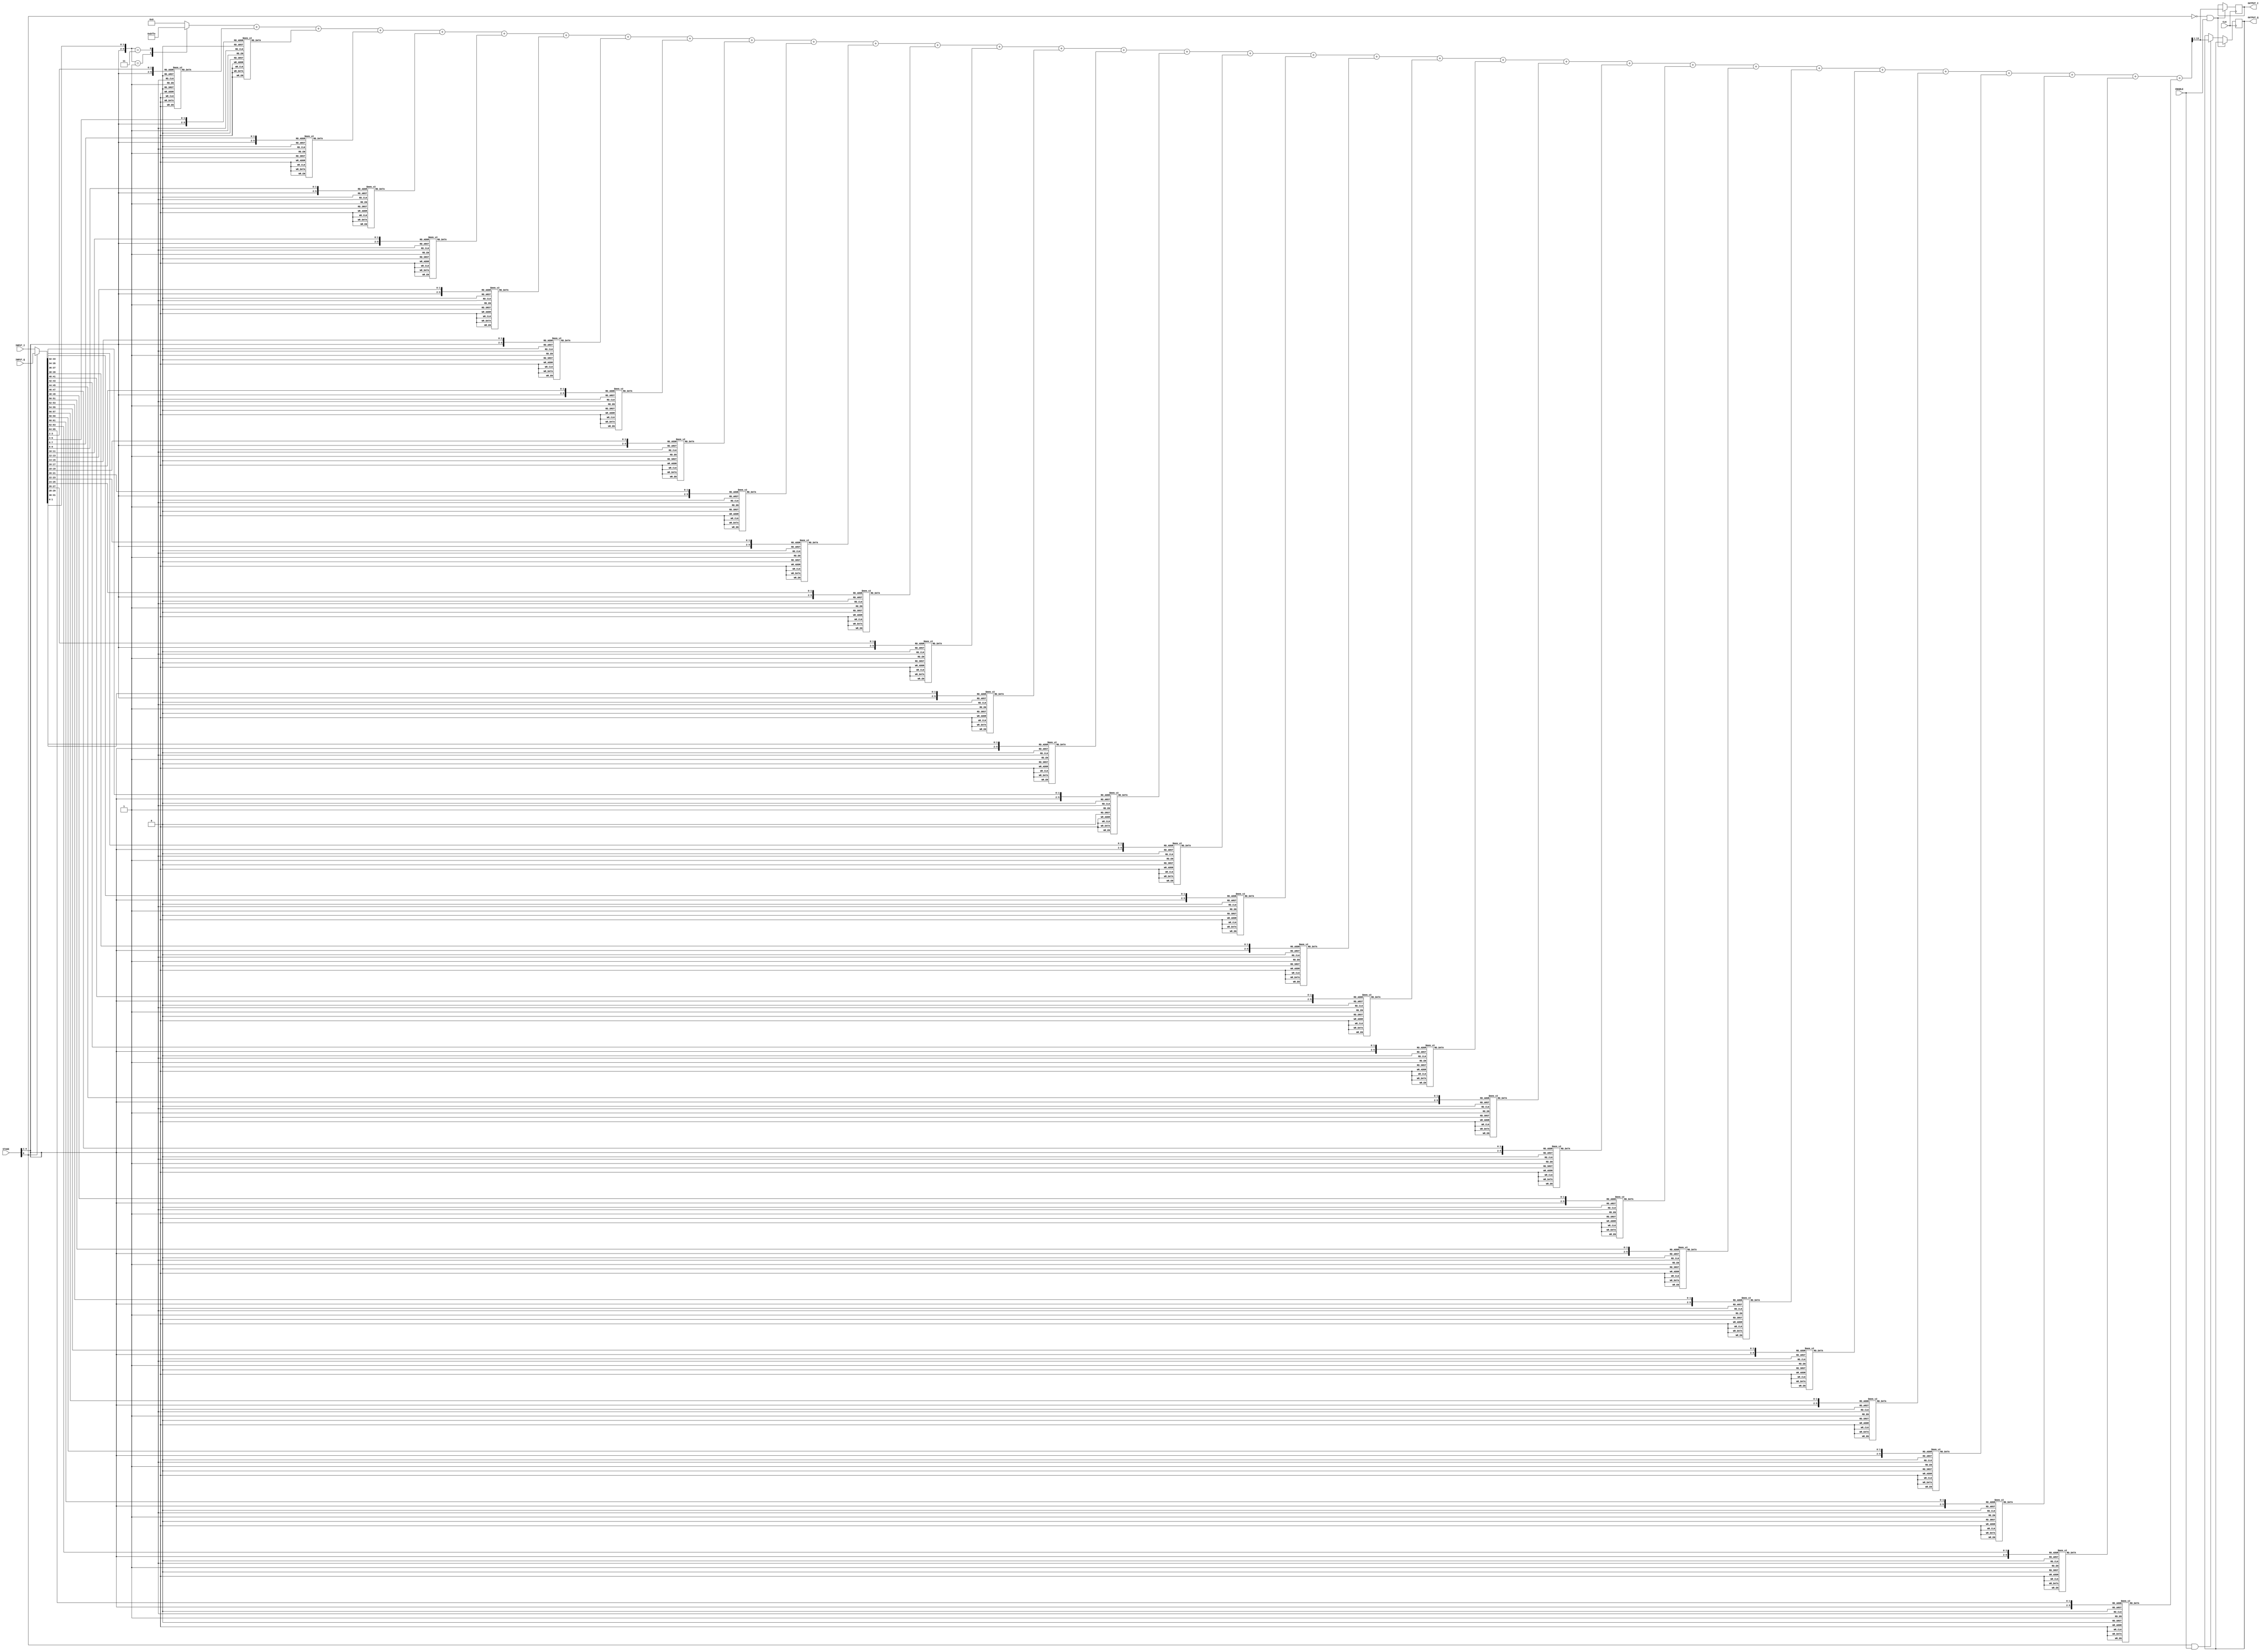
module filter16(
  input CLK,
  input ENABLE,
  input [4:0] STAGE,//should be parametrized size 
  input [65:0] INPUT_I,//should be parametrized size 
  input [65:0] INPUT_Q,//should be parametrized size 
  output [12:0] OUTPUT_I,
  output [12:0] OUTPUT_Q
);

  wire [13:0] sum;
  reg signed [12:0] result_i = 0;
  reg signed [12:0] result_q = 0;

  assign OUTPUT_I = result_i;
  assign OUTPUT_Q = result_q;

  wire [65:0] INPUT;//should be parametrized size 

  assign INPUT = STAGE[0] ? INPUT_Q : INPUT_I;

reg [13:0] a0, a1, a2, a3, a4, a5, a6, a7, a8, a9, a10, a11, a12, a13, a14, a15, a16, a17, a18, a19, a20, a21, a22, a23, a24, a25, a26, a27, a28, a29, a30, a31, a32;

always @ (STAGE or INPUT) 
begin
  case ({STAGE[4:1], INPUT[1:0]})
    6'b000001 : a0 = 2; 
    6'b000011 : a0 = -2;
    default : a0 = 0;
  endcase

  case ({STAGE[4:1], INPUT[3:2]})
    6'b000001 : a1 = -5;
    6'b000011 : a1 = 5;
    6'b000101 : a1 = -5;
    6'b000111 : a1 = 5;
    6'b001001 : a1 = -5;
    6'b001011 : a1 = 5;
    6'b001101 : a1 = -4;
    6'b001111 : a1 = 4;
    6'b010001 : a1 = -3;
    6'b010011 : a1 = 3;
    6'b010101 : a1 = -2;
    6'b010111 : a1 = 2;
    6'b011001 : a1 = -1;
    6'b011011 : a1 = 1;
    6'b100001 : a1 = 1;
    6'b100011 : a1 = -1;
    6'b100101 : a1 = 2;
    6'b100111 : a1 = -2;
    6'b101001 : a1 = 3;
    6'b101011 : a1 = -3;
    6'b101101 : a1 = 4;
    6'b101111 : a1 = -4;
    6'b110001 : a1 = 4;
    6'b110011 : a1 = -4;
    6'b110101 : a1 = 4;
    6'b110111 : a1 = -4;
    6'b111001 : a1 = 4;
    6'b111011 : a1 = -4;
    6'b111101 : a1 = 3;
    6'b111111 : a1 = -3;
    default : a1 = 0;
  endcase

  case ({STAGE[4:1], INPUT[5:4]})
    6'b000001 : a2 = 2;
    6'b000011 : a2 = -2;
    6'b000101 : a2 = 3;
    6'b000111 : a2 = -3;
    6'b001001 : a2 = 5;
    6'b001011 : a2 = -5;
    6'b001101 : a2 = 5;
    6'b001111 : a2 = -5;
    6'b010001 : a2 = 6;
    6'b010011 : a2 = -6;
    6'b010101 : a2 = 6;
    6'b010111 : a2 = -6;
    6'b011001 : a2 = 5;
    6'b011011 : a2 = -5;
    6'b011101 : a2 = 4;
    6'b011111 : a2 = -4;
    6'b100001 : a2 = 3;
    6'b100011 : a2 = -3;
    6'b100101 : a2 = 2;
    6'b100111 : a2 = -2;
    6'b101001 : a2 = 1;
    6'b101011 : a2 = -1;
    6'b110001 : a2 = -1;
    6'b110011 : a2 = 1;
    6'b110101 : a2 = -3;
    6'b110111 : a2 = 3;
    6'b111001 : a2 = -4;
    6'b111011 : a2 = 4;
    6'b111101 : a2 = -4;
    6'b111111 : a2 = 4;
    default : a2 = 0;
  endcase

  case ({STAGE[4:1], INPUT[7:6]})
    6'b000001 : a3 = 4;
    6'b000011 : a3 = -4;
    6'b000101 : a3 = 2;
    6'b000111 : a3 = -2;
    6'b001101 : a3 = -1;
    6'b001111 : a3 = 1;
    6'b010001 : a3 = -2;
    6'b010011 : a3 = 2;
    6'b010101 : a3 = -4;
    6'b010111 : a3 = 4;
    6'b011001 : a3 = -5;
    6'b011011 : a3 = 5;
    6'b011101 : a3 = -6;
    6'b011111 : a3 = 6;
    6'b100001 : a3 = -6;
    6'b100011 : a3 = 6;
    6'b100101 : a3 = -6;
    6'b100111 : a3 = 6;
    6'b101001 : a3 = -5;
    6'b101011 : a3 = 5;
    6'b101101 : a3 = -4;
    6'b101111 : a3 = 4;
    6'b110001 : a3 = -3;
    6'b110011 : a3 = 3;
    6'b110101 : a3 = -2;
    6'b110111 : a3 = 2;
    6'b111101 : a3 = 1;
    6'b111111 : a3 = -1;
    default : a3 = 0;
  endcase

  case ({STAGE[4:1], INPUT[9:8]})
    6'b000001 : a4 = -8;
    6'b000011 : a4 = 8;
    6'b000101 : a4 = -8;
    6'b000111 : a4 = 8;
    6'b001001 : a4 = -7;
    6'b001011 : a4 = 7;
    6'b001101 : a4 = -6;
    6'b001111 : a4 = 6;
    6'b010001 : a4 = -5;
    6'b010011 : a4 = 5;
    6'b010101 : a4 = -3;
    6'b010111 : a4 = 3;
    6'b011001 : a4 = -1;
    6'b011011 : a4 = 1;
    6'b100001 : a4 = 2;
    6'b100011 : a4 = -2;
    6'b100101 : a4 = 4;
    6'b100111 : a4 = -4;
    6'b101001 : a4 = 5;
    6'b101011 : a4 = -5;
    6'b101101 : a4 = 6;
    6'b101111 : a4 = -6;
    6'b110001 : a4 = 6;
    6'b110011 : a4 = -6;
    6'b110101 : a4 = 6;
    6'b110111 : a4 = -6;
    6'b111001 : a4 = 6;
    6'b111011 : a4 = -6;
    6'b111101 : a4 = 5;
    6'b111111 : a4 = -5;
    default : a4 = 0;
  endcase

  case ({STAGE[4:1], INPUT[11:10]})
    6'b000001 : a5 = 4;
    6'b000011 : a5 = -4;
    6'b000101 : a5 = 6;
    6'b000111 : a5 = -6;
    6'b001001 : a5 = 8;
    6'b001011 : a5 = -8;
    6'b001101 : a5 = 9;
    6'b001111 : a5 = -9;
    6'b010001 : a5 = 10;
    6'b010011 : a5 = -10;
    6'b010101 : a5 = 9;
    6'b010111 : a5 = -9;
    6'b011001 : a5 = 9;
    6'b011011 : a5 = -9;
    6'b011101 : a5 = 7;
    6'b011111 : a5 = -7;
    6'b100001 : a5 = 5;
    6'b100011 : a5 = -5;
    6'b100101 : a5 = 3;
    6'b100111 : a5 = -3;
    6'b101001 : a5 = 1;
    6'b101011 : a5 = -1;
    6'b110001 : a5 = -3;
    6'b110011 : a5 = 3;
    6'b110101 : a5 = -5;
    6'b110111 : a5 = 5;
    6'b111001 : a5 = -6;
    6'b111011 : a5 = 6;
    6'b111101 : a5 = -7;
    6'b111111 : a5 = 7;
    default : a5 = 0;
  endcase

  case ({STAGE[4:1], INPUT[13:12]})
    6'b000001 : a6 = 6;
    6'b000011 : a6 = -6;
    6'b000101 : a6 = 3;
    6'b000111 : a6 = -3;
    6'b001101 : a6 = -2;
    6'b001111 : a6 = 2;
    6'b010001 : a6 = -4;
    6'b010011 : a6 = 4;
    6'b010101 : a6 = -7;
    6'b010111 : a6 = 7;
    6'b011001 : a6 = -9;
    6'b011011 : a6 = 9;
    6'b011101 : a6 = -10;
    6'b011111 : a6 = 10;
    6'b100001 : a6 = -10;
    6'b100011 : a6 = 10;
    6'b100101 : a6 = -10;
    6'b100111 : a6 = 10;
    6'b101001 : a6 = -9;
    6'b101011 : a6 = 9;
    6'b101101 : a6 = -7;
    6'b101111 : a6 = 7;
    6'b110001 : a6 = -5;
    6'b110011 : a6 = 5;
    6'b110101 : a6 = -3;
    6'b110111 : a6 = 3;
    6'b111101 : a6 = 2;
    6'b111111 : a6 = -2;
    default : a6 = 0;
  endcase

  case ({STAGE[4:1], INPUT[15:14]})
    6'b000001 : a7 = -14;
    6'b000011 : a7 = 14;
    6'b000101 : a7 = -14;
    6'b000111 : a7 = 14;
    6'b001001 : a7 = -13;
    6'b001011 : a7 = 13;
    6'b001101 : a7 = -11;
    6'b001111 : a7 = 11;
    6'b010001 : a7 = -8;
    6'b010011 : a7 = 8;
    6'b010101 : a7 = -5;
    6'b010111 : a7 = 5;
    6'b011001 : a7 = -2;
    6'b011011 : a7 = 2;
    6'b011101 : a7 = 1;
    6'b011111 : a7 = -1;
    6'b100001 : a7 = 4;
    6'b100011 : a7 = -4;
    6'b100101 : a7 = 7;
    6'b100111 : a7 = -7;
    6'b101001 : a7 = 9;
    6'b101011 : a7 = -9;
    6'b101101 : a7 = 10;
    6'b101111 : a7 = -10;
    6'b110001 : a7 = 11;
    6'b110011 : a7 = -11;
    6'b110101 : a7 = 11;
    6'b110111 : a7 = -11;
    6'b111001 : a7 = 10;
    6'b111011 : a7 = -10;
    6'b111101 : a7 = 8;
    6'b111111 : a7 = -8;
    default : a7 = 0;
  endcase

  case ({STAGE[4:1], INPUT[17:16]})
    6'b000001 : a8 = 9;
    6'b000011 : a8 = -9;
    6'b000101 : a8 = 13;
    6'b000111 : a8 = -13;
    6'b001001 : a8 = 16;
    6'b001011 : a8 = -16;
    6'b001101 : a8 = 18;
    6'b001111 : a8 = -18;
    6'b010001 : a8 = 19;
    6'b010011 : a8 = -19;
    6'b010101 : a8 = 18;
    6'b010111 : a8 = -18;
    6'b011001 : a8 = 17;
    6'b011011 : a8 = -17;
    6'b011101 : a8 = 14;
    6'b011111 : a8 = -14;
    6'b100001 : a8 = 10;
    6'b100011 : a8 = -10;
    6'b100101 : a8 = 6;
    6'b100111 : a8 = -6;
    6'b101001 : a8 = 2;
    6'b101011 : a8 = -2;
    6'b101101 : a8 = -1;
    6'b101111 : a8 = 1;
    6'b110001 : a8 = -6;
    6'b110011 : a8 = 6;
    6'b110101 : a8 = -9;
    6'b110111 : a8 = 9;
    6'b111001 : a8 = -12;
    6'b111011 : a8 = 12;
    6'b111101 : a8 = -14;
    6'b111111 : a8 = 14;
    default : a8 = 0;
  endcase

  case ({STAGE[4:1], INPUT[19:18]})
    6'b000001 : a9 = 11;
    6'b000011 : a9 = -11;
    6'b000101 : a9 = 6;
    6'b000111 : a9 = -6;
    6'b001101 : a9 = -5;
    6'b001111 : a9 = 5;
    6'b010001 : a9 = -11;
    6'b010011 : a9 = 11;
    6'b010101 : a9 = -15;
    6'b010111 : a9 = 15;
    6'b011001 : a9 = -18;
    6'b011011 : a9 = 18;
    6'b011101 : a9 = -20;
    6'b011111 : a9 = 20;
    6'b100001 : a9 = -21;
    6'b100011 : a9 = 21;
    6'b100101 : a9 = -20;
    6'b100111 : a9 = 20;
    6'b101001 : a9 = -18;
    6'b101011 : a9 = 18;
    6'b101101 : a9 = -14;
    6'b101111 : a9 = 14;
    6'b110001 : a9 = -10;
    6'b110011 : a9 = 10;
    6'b110101 : a9 = -5;
    6'b110111 : a9 = 5;
    6'b111101 : a9 = 4;
    6'b111111 : a9 = -4;
    default : a9 = 0;
  endcase

  case ({STAGE[4:1], INPUT[21:20]})
    6'b000001 : a10 = -33;
    6'b000011 : a10 = 33;
    6'b000101 : a10 = -33;
    6'b000111 : a10 = 33;
    6'b001001 : a10 = -30;
    6'b001011 : a10 = 30;
    6'b001101 : a10 = -25;
    6'b001111 : a10 = 25;
    6'b010001 : a10 = -19;
    6'b010011 : a10 = 19;
    6'b010101 : a10 = -12;
    6'b010111 : a10 = 12;
    6'b011001 : a10 = -4;
    6'b011011 : a10 = 4;
    6'b011101 : a10 = 2;
    6'b011111 : a10 = -2;
    6'b100001 : a10 = 9;
    6'b100011 : a10 = -9;
    6'b100101 : a10 = 15;
    6'b100111 : a10 = -15;
    6'b101001 : a10 = 19;
    6'b101011 : a10 = -19;
    6'b101101 : a10 = 22;
    6'b101111 : a10 = -22;
    6'b110001 : a10 = 23;
    6'b110011 : a10 = -23;
    6'b110101 : a10 = 22;
    6'b110111 : a10 = -22;
    6'b111001 : a10 = 20;
    6'b111011 : a10 = -20;
    6'b111101 : a10 = 16;
    6'b111111 : a10 = -16;
    default : a10 = 0;
  endcase

  case ({STAGE[4:1], INPUT[23:22]})
    6'b000001 : a11 = 28;
    6'b000011 : a11 = -28;
    6'b000101 : a11 = 38;
    6'b000111 : a11 = -38;
    6'b001001 : a11 = 45;
    6'b001011 : a11 = -45;
    6'b001101 : a11 = 49;
    6'b001111 : a11 = -49;
    6'b010001 : a11 = 50;
    6'b010011 : a11 = -50;
    6'b010101 : a11 = 48;
    6'b010111 : a11 = -48;
    6'b011001 : a11 = 43;
    6'b011011 : a11 = -43;
    6'b011101 : a11 = 35;
    6'b011111 : a11 = -35;
    6'b100001 : a11 = 26;
    6'b100011 : a11 = -26;
    6'b100101 : a11 = 16;
    6'b100111 : a11 = -16;
    6'b101001 : a11 = 5;
    6'b101011 : a11 = -5;
    6'b101101 : a11 = -4;
    6'b101111 : a11 = 4;
    6'b110001 : a11 = -14;
    6'b110011 : a11 = 14;
    6'b110101 : a11 = -22;
    6'b110111 : a11 = 22;
    6'b111001 : a11 = -28;
    6'b111011 : a11 = 28;
    6'b111101 : a11 = -32;
    6'b111111 : a11 = 32;
    default : a11 = 0;
  endcase

  case ({STAGE[4:1], INPUT[25:24]})
    6'b000001 : a12 = 29;
    6'b000011 : a12 = -29;
    6'b000101 : a12 = 11;
    6'b000111 : a12 = -11;
    6'b001001 : a12 = -5;
    6'b001011 : a12 = 5;
    6'b001101 : a12 = -22;
    6'b001111 : a12 = 22;
    6'b010001 : a12 = -37;
    6'b010011 : a12 = 37;
    6'b010101 : a12 = -48;
    6'b010111 : a12 = 48;
    6'b011001 : a12 = -56;
    6'b011011 : a12 = 56;
    6'b011101 : a12 = -60;
    6'b011111 : a12 = 60;
    6'b100001 : a12 = -60;
    6'b100011 : a12 = 60;
    6'b100101 : a12 = -56;
    6'b100111 : a12 = 56;
    6'b101001 : a12 = -48;
    6'b101011 : a12 = 48;
    6'b101101 : a12 = -37;
    6'b101111 : a12 = 37;
    6'b110001 : a12 = -24;
    6'b110011 : a12 = 24;
    6'b110101 : a12 = -10;
    6'b110111 : a12 = 10;
    6'b111001 : a12 = 3;
    6'b111011 : a12 = -3;
    6'b111101 : a12 = 16;
    6'b111111 : a12 = -16;
    default : a12 = 0;
  endcase

  case ({STAGE[4:1], INPUT[27:26]})
    6'b000001 : a13 = -143;
    6'b000011 : a13 = 143;
    6'b000101 : a13 = -137;
    6'b000111 : a13 = 137;
    6'b001001 : a13 = -123;
    6'b001011 : a13 = 123;
    6'b001101 : a13 = -103;
    6'b001111 : a13 = 103;
    6'b010001 : a13 = -78;
    6'b010011 : a13 = 78;
    6'b010101 : a13 = -50;
    6'b010111 : a13 = 50;
    6'b011001 : a13 = -22;
    6'b011011 : a13 = 22;
    6'b011101 : a13 = 4;
    6'b011111 : a13 = -4;
    6'b100001 : a13 = 28;
    6'b100011 : a13 = -28;
    6'b100101 : a13 = 47;
    6'b100111 : a13 = -47;
    6'b101001 : a13 = 61;
    6'b101011 : a13 = -61;
    6'b101101 : a13 = 68;
    6'b101111 : a13 = -68;
    6'b110001 : a13 = 70;
    6'b110011 : a13 = -70;
    6'b110101 : a13 = 66;
    6'b110111 : a13 = -66;
    6'b111001 : a13 = 57;
    6'b111011 : a13 = -57;
    6'b111101 : a13 = 44;
    6'b111111 : a13 = -44;
    default : a13 = 0;
  endcase

  case ({STAGE[4:1], INPUT[29:28]})
    6'b000001 : a14 = 284;
    6'b000011 : a14 = -284;
    6'b000101 : a14 = 336;
    6'b000111 : a14 = -336;
    6'b001001 : a14 = 364;
    6'b001011 : a14 = -364;
    6'b001101 : a14 = 370;
    6'b001111 : a14 = -370;
    6'b010001 : a14 = 356;
    6'b010011 : a14 = -356;
    6'b010101 : a14 = 324;
    6'b010111 : a14 = -324;
    6'b011001 : a14 = 279;
    6'b011011 : a14 = -279;
    6'b011101 : a14 = 224;
    6'b011111 : a14 = -224;
    6'b100001 : a14 = 164;
    6'b100011 : a14 = -164;
    6'b100101 : a14 = 102;
    6'b100111 : a14 = -102;
    6'b101001 : a14 = 42;
    6'b101011 : a14 = -42;
    6'b101101 : a14 = -11;
    6'b101111 : a14 = 11;
    6'b110001 : a14 = -58;
    6'b110011 : a14 = 58;
    6'b110101 : a14 = -96;
    6'b110111 : a14 = 96;
    6'b111001 : a14 = -122;
    6'b111011 : a14 = 122;
    6'b111101 : a14 = -138;
    6'b111111 : a14 = 138;
    default : a14 = 0;
  endcase

  case ({STAGE[4:1], INPUT[31:30]})
    6'b000001 : a15 = -401;
    6'b000011 : a15 = 401;
    6'b000101 : a15 = -627;
    6'b000111 : a15 = 627;
    6'b001001 : a15 = -793;
    6'b001011 : a15 = 793;
    6'b001101 : a15 = -899;
    6'b001111 : a15 = 899;
    6'b010001 : a15 = -949;
    6'b010011 : a15 = 949;
    6'b010101 : a15 = -948;
    6'b010111 : a15 = 948;
    6'b011001 : a15 = -902;
    6'b011011 : a15 = 902;
    6'b011101 : a15 = -819;
    6'b011111 : a15 = 819;
    6'b100001 : a15 = -708;
    6'b100011 : a15 = 708;
    6'b100101 : a15 = -575;
    6'b100111 : a15 = 575;
    6'b101001 : a15 = -431;
    6'b101011 : a15 = 431;
    6'b101101 : a15 = -284;
    6'b101111 : a15 = 284;
    6'b110001 : a15 = -140;
    6'b110011 : a15 = 140;
    6'b110101 : a15 = -7;
    6'b110111 : a15 = 7;
    6'b111001 : a15 = 110;
    6'b111011 : a15 = -110;
    6'b111101 : a15 = 208;
    6'b111111 : a15 = -208;
    default : a15 = 0;
  endcase

  case ({STAGE[4:1], INPUT[33:32]})
    6'b000001 : a16 = 5408;
    6'b000011 : a16 = -5408;
    6'b000101 : a16 = 5364;
    6'b000111 : a16 = -5364;
    6'b001001 : a16 = 5234;
    6'b001011 : a16 = -5234;
    6'b001101 : a16 = 5022;
    6'b001111 : a16 = -5022;
    6'b010001 : a16 = 4735;
    6'b010011 : a16 = -4735;
    6'b010101 : a16 = 4380;
    6'b010111 : a16 = -4380;
    6'b011001 : a16 = 3970;
    6'b011011 : a16 = -3970;
    6'b011101 : a16 = 3515;
    6'b011111 : a16 = -3515;
    6'b100001 : a16 = 3030;
    6'b100011 : a16 = -3030;
    6'b100101 : a16 = 2528;
    6'b100111 : a16 = -2528;
    6'b101001 : a16 = 2024;
    6'b101011 : a16 = -2024;
    6'b101101 : a16 = 1529;
    6'b101111 : a16 = -1529;
    6'b110001 : a16 = 1058;
    6'b110011 : a16 = -1058;
    6'b110101 : a16 = 620;
    6'b110111 : a16 = -620;
    6'b111001 : a16 = 226;
    6'b111011 : a16 = -226;
    6'b111101 : a16 = -115;
    6'b111111 : a16 = 115;
    default : a16 = 0;
  endcase

  case ({STAGE[4:1], INPUT[35:34]})
    6'b000001 : a17 = -401;
    6'b000011 : a17 = 401;
    6'b000101 : a17 = -115;
    6'b000111 : a17 = 115;
    6'b001001 : a17 = 226;
    6'b001011 : a17 = -226;
    6'b001101 : a17 = 620;
    6'b001111 : a17 = -620;
    6'b010001 : a17 = 1058;
    6'b010011 : a17 = -1058;
    6'b010101 : a17 = 1529;
    6'b010111 : a17 = -1529;
    6'b011001 : a17 = 2024;
    6'b011011 : a17 = -2024;
    6'b011101 : a17 = 2528;
    6'b011111 : a17 = -2528;
    6'b100001 : a17 = 3030;
    6'b100011 : a17 = -3030;
    6'b100101 : a17 = 3515;
    6'b100111 : a17 = -3515;
    6'b101001 : a17 = 3970;
    6'b101011 : a17 = -3970;
    6'b101101 : a17 = 4380;
    6'b101111 : a17 = -4380;
    6'b110001 : a17 = 4735;
    6'b110011 : a17 = -4735;
    6'b110101 : a17 = 5022;
    6'b110111 : a17 = -5022;
    6'b111001 : a17 = 5234;
    6'b111011 : a17 = -5234;
    6'b111101 : a17 = 5364;
    6'b111111 : a17 = -5364;
    default : a17 = 0;
  endcase

  case ({STAGE[4:1], INPUT[37:36]})
    6'b000001 : a18 = 284;
    6'b000011 : a18 = -284;
    6'b000101 : a18 = 208;
    6'b000111 : a18 = -208;
    6'b001001 : a18 = 110;
    6'b001011 : a18 = -110;
    6'b001101 : a18 = -7;
    6'b001111 : a18 = 7;
    6'b010001 : a18 = -140;
    6'b010011 : a18 = 140;
    6'b010101 : a18 = -284;
    6'b010111 : a18 = 284;
    6'b011001 : a18 = -431;
    6'b011011 : a18 = 431;
    6'b011101 : a18 = -575;
    6'b011111 : a18 = 575;
    6'b100001 : a18 = -708;
    6'b100011 : a18 = 708;
    6'b100101 : a18 = -819;
    6'b100111 : a18 = 819;
    6'b101001 : a18 = -902;
    6'b101011 : a18 = 902;
    6'b101101 : a18 = -948;
    6'b101111 : a18 = 948;
    6'b110001 : a18 = -949;
    6'b110011 : a18 = 949;
    6'b110101 : a18 = -899;
    6'b110111 : a18 = 899;
    6'b111001 : a18 = -793;
    6'b111011 : a18 = 793;
    6'b111101 : a18 = -627;
    6'b111111 : a18 = 627;
    default : a18 = 0;
  endcase

  case ({STAGE[4:1], INPUT[39:38]})
    6'b000001 : a19 = -143;
    6'b000011 : a19 = 143;
    6'b000101 : a19 = -138;
    6'b000111 : a19 = 138;
    6'b001001 : a19 = -122;
    6'b001011 : a19 = 122;
    6'b001101 : a19 = -96;
    6'b001111 : a19 = 96;
    6'b010001 : a19 = -58;
    6'b010011 : a19 = 58;
    6'b010101 : a19 = -11;
    6'b010111 : a19 = 11;
    6'b011001 : a19 = 42;
    6'b011011 : a19 = -42;
    6'b011101 : a19 = 102;
    6'b011111 : a19 = -102;
    6'b100001 : a19 = 164;
    6'b100011 : a19 = -164;
    6'b100101 : a19 = 224;
    6'b100111 : a19 = -224;
    6'b101001 : a19 = 279;
    6'b101011 : a19 = -279;
    6'b101101 : a19 = 324;
    6'b101111 : a19 = -324;
    6'b110001 : a19 = 356;
    6'b110011 : a19 = -356;
    6'b110101 : a19 = 370;
    6'b110111 : a19 = -370;
    6'b111001 : a19 = 364;
    6'b111011 : a19 = -364;
    6'b111101 : a19 = 336;
    6'b111111 : a19 = -336;
    default : a19 = 0;
  endcase

  case ({STAGE[4:1], INPUT[41:40]})
    6'b000001 : a20 = 29;
    6'b000011 : a20 = -29;
    6'b000101 : a20 = 44;
    6'b000111 : a20 = -44;
    6'b001001 : a20 = 57;
    6'b001011 : a20 = -57;
    6'b001101 : a20 = 66;
    6'b001111 : a20 = -66;
    6'b010001 : a20 = 70;
    6'b010011 : a20 = -70;
    6'b010101 : a20 = 68;
    6'b010111 : a20 = -68;
    6'b011001 : a20 = 61;
    6'b011011 : a20 = -61;
    6'b011101 : a20 = 47;
    6'b011111 : a20 = -47;
    6'b100001 : a20 = 28;
    6'b100011 : a20 = -28;
    6'b100101 : a20 = 4;
    6'b100111 : a20 = -4;
    6'b101001 : a20 = -22;
    6'b101011 : a20 = 22;
    6'b101101 : a20 = -50;
    6'b101111 : a20 = 50;
    6'b110001 : a20 = -78;
    6'b110011 : a20 = 78;
    6'b110101 : a20 = -103;
    6'b110111 : a20 = 103;
    6'b111001 : a20 = -123;
    6'b111011 : a20 = 123;
    6'b111101 : a20 = -137;
    6'b111111 : a20 = 137;
    default : a20 = 0;
  endcase

  case ({STAGE[4:1], INPUT[43:42]})
    6'b000001 : a21 = 28;
    6'b000011 : a21 = -28;
    6'b000101 : a21 = 16;
    6'b000111 : a21 = -16;
    6'b001001 : a21 = 3;
    6'b001011 : a21 = -3;
    6'b001101 : a21 = -10;
    6'b001111 : a21 = 10;
    6'b010001 : a21 = -24;
    6'b010011 : a21 = 24;
    6'b010101 : a21 = -37;
    6'b010111 : a21 = 37;
    6'b011001 : a21 = -48;
    6'b011011 : a21 = 48;
    6'b011101 : a21 = -56;
    6'b011111 : a21 = 56;
    6'b100001 : a21 = -60;
    6'b100011 : a21 = 60;
    6'b100101 : a21 = -60;
    6'b100111 : a21 = 60;
    6'b101001 : a21 = -56;
    6'b101011 : a21 = 56;
    6'b101101 : a21 = -48;
    6'b101111 : a21 = 48;
    6'b110001 : a21 = -37;
    6'b110011 : a21 = 37;
    6'b110101 : a21 = -22;
    6'b110111 : a21 = 22;
    6'b111001 : a21 = -5;
    6'b111011 : a21 = 5;
    6'b111101 : a21 = 11;
    6'b111111 : a21 = -11;
    default : a21 = 0;
  endcase

  case ({STAGE[4:1], INPUT[45:44]})
    6'b000001 : a22 = -33;
    6'b000011 : a22 = 33;
    6'b000101 : a22 = -32;
    6'b000111 : a22 = 32;
    6'b001001 : a22 = -28;
    6'b001011 : a22 = 28;
    6'b001101 : a22 = -22;
    6'b001111 : a22 = 22;
    6'b010001 : a22 = -14;
    6'b010011 : a22 = 14;
    6'b010101 : a22 = -4;
    6'b010111 : a22 = 4;
    6'b011001 : a22 = 5;
    6'b011011 : a22 = -5;
    6'b011101 : a22 = 16;
    6'b011111 : a22 = -16;
    6'b100001 : a22 = 26;
    6'b100011 : a22 = -26;
    6'b100101 : a22 = 35;
    6'b100111 : a22 = -35;
    6'b101001 : a22 = 43;
    6'b101011 : a22 = -43;
    6'b101101 : a22 = 48;
    6'b101111 : a22 = -48;
    6'b110001 : a22 = 50;
    6'b110011 : a22 = -50;
    6'b110101 : a22 = 49;
    6'b110111 : a22 = -49;
    6'b111001 : a22 = 45;
    6'b111011 : a22 = -45;
    6'b111101 : a22 = 38;
    6'b111111 : a22 = -38;
    default : a22 = 0;
  endcase

  case ({STAGE[4:1], INPUT[47:46]})
    6'b000001 : a23 = 11;
    6'b000011 : a23 = -11;
    6'b000101 : a23 = 16;
    6'b000111 : a23 = -16;
    6'b001001 : a23 = 20;
    6'b001011 : a23 = -20;
    6'b001101 : a23 = 22;
    6'b001111 : a23 = -22;
    6'b010001 : a23 = 23;
    6'b010011 : a23 = -23;
    6'b010101 : a23 = 22;
    6'b010111 : a23 = -22;
    6'b011001 : a23 = 19;
    6'b011011 : a23 = -19;
    6'b011101 : a23 = 15;
    6'b011111 : a23 = -15;
    6'b100001 : a23 = 9;
    6'b100011 : a23 = -9;
    6'b100101 : a23 = 2;
    6'b100111 : a23 = -2;
    6'b101001 : a23 = -4;
    6'b101011 : a23 = 4;
    6'b101101 : a23 = -12;
    6'b101111 : a23 = 12;
    6'b110001 : a23 = -19;
    6'b110011 : a23 = 19;
    6'b110101 : a23 = -25;
    6'b110111 : a23 = 25;
    6'b111001 : a23 = -30;
    6'b111011 : a23 = 30;
    6'b111101 : a23 = -33;
    6'b111111 : a23 = 33;
    default : a23 = 0;
  endcase

  case ({STAGE[4:1], INPUT[49:48]})
    6'b000001 : a24 = 9;
    6'b000011 : a24 = -9;
    6'b000101 : a24 = 4;
    6'b000111 : a24 = -4;
    6'b001101 : a24 = -5;
    6'b001111 : a24 = 5;
    6'b010001 : a24 = -10;
    6'b010011 : a24 = 10;
    6'b010101 : a24 = -14;
    6'b010111 : a24 = 14;
    6'b011001 : a24 = -18;
    6'b011011 : a24 = 18;
    6'b011101 : a24 = -20;
    6'b011111 : a24 = 20;
    6'b100001 : a24 = -21;
    6'b100011 : a24 = 21;
    6'b100101 : a24 = -20;
    6'b100111 : a24 = 20;
    6'b101001 : a24 = -18;
    6'b101011 : a24 = 18;
    6'b101101 : a24 = -15;
    6'b101111 : a24 = 15;
    6'b110001 : a24 = -11;
    6'b110011 : a24 = 11;
    6'b110101 : a24 = -5;
    6'b110111 : a24 = 5;
    6'b111101 : a24 = 6;
    6'b111111 : a24 = -6;
    default : a24 = 0;
  endcase

  case ({STAGE[4:1], INPUT[51:50]})
    6'b000001 : a25 = -14;
    6'b000011 : a25 = 14;
    6'b000101 : a25 = -14;
    6'b000111 : a25 = 14;
    6'b001001 : a25 = -12;
    6'b001011 : a25 = 12;
    6'b001101 : a25 = -9;
    6'b001111 : a25 = 9;
    6'b010001 : a25 = -6;
    6'b010011 : a25 = 6;
    6'b010101 : a25 = -1;
    6'b010111 : a25 = 1;
    6'b011001 : a25 = 2;
    6'b011011 : a25 = -2;
    6'b011101 : a25 = 6;
    6'b011111 : a25 = -6;
    6'b100001 : a25 = 10;
    6'b100011 : a25 = -10;
    6'b100101 : a25 = 14;
    6'b100111 : a25 = -14;
    6'b101001 : a25 = 17;
    6'b101011 : a25 = -17;
    6'b101101 : a25 = 18;
    6'b101111 : a25 = -18;
    6'b110001 : a25 = 19;
    6'b110011 : a25 = -19;
    6'b110101 : a25 = 18;
    6'b110111 : a25 = -18;
    6'b111001 : a25 = 16;
    6'b111011 : a25 = -16;
    6'b111101 : a25 = 13;
    6'b111111 : a25 = -13;
    default : a25 = 0;
  endcase

  case ({STAGE[4:1], INPUT[53:52]})
    6'b000001 : a26 = 6;
    6'b000011 : a26 = -6;
    6'b000101 : a26 = 8;
    6'b000111 : a26 = -8;
    6'b001001 : a26 = 10;
    6'b001011 : a26 = -10;
    6'b001101 : a26 = 11;
    6'b001111 : a26 = -11;
    6'b010001 : a26 = 11;
    6'b010011 : a26 = -11;
    6'b010101 : a26 = 10;
    6'b010111 : a26 = -10;
    6'b011001 : a26 = 9;
    6'b011011 : a26 = -9;
    6'b011101 : a26 = 7;
    6'b011111 : a26 = -7;
    6'b100001 : a26 = 4;
    6'b100011 : a26 = -4;
    6'b100101 : a26 = 1;
    6'b100111 : a26 = -1;
    6'b101001 : a26 = -2;
    6'b101011 : a26 = 2;
    6'b101101 : a26 = -5;
    6'b101111 : a26 = 5;
    6'b110001 : a26 = -8;
    6'b110011 : a26 = 8;
    6'b110101 : a26 = -11;
    6'b110111 : a26 = 11;
    6'b111001 : a26 = -13;
    6'b111011 : a26 = 13;
    6'b111101 : a26 = -14;
    6'b111111 : a26 = 14;
    default : a26 = 0;
  endcase

  case ({STAGE[4:1], INPUT[55:54]})
    6'b000001 : a27 = 4;
    6'b000011 : a27 = -4;
    6'b000101 : a27 = 2;
    6'b000111 : a27 = -2;
    6'b001101 : a27 = -3;
    6'b001111 : a27 = 3;
    6'b010001 : a27 = -5;
    6'b010011 : a27 = 5;
    6'b010101 : a27 = -7;
    6'b010111 : a27 = 7;
    6'b011001 : a27 = -9;
    6'b011011 : a27 = 9;
    6'b011101 : a27 = -10;
    6'b011111 : a27 = 10;
    6'b100001 : a27 = -10;
    6'b100011 : a27 = 10;
    6'b100101 : a27 = -10;
    6'b100111 : a27 = 10;
    6'b101001 : a27 = -9;
    6'b101011 : a27 = 9;
    6'b101101 : a27 = -7;
    6'b101111 : a27 = 7;
    6'b110001 : a27 = -4;
    6'b110011 : a27 = 4;
    6'b110101 : a27 = -2;
    6'b110111 : a27 = 2;
    6'b111101 : a27 = 3;
    6'b111111 : a27 = -3;
    default : a27 = 0;
  endcase

  case ({STAGE[4:1], INPUT[57:56]})
    6'b000001 : a28 = -8;
    6'b000011 : a28 = 8;
    6'b000101 : a28 = -7;
    6'b000111 : a28 = 7;
    6'b001001 : a28 = -6;
    6'b001011 : a28 = 6;
    6'b001101 : a28 = -5;
    6'b001111 : a28 = 5;
    6'b010001 : a28 = -3;
    6'b010011 : a28 = 3;
    6'b011001 : a28 = 1;
    6'b011011 : a28 = -1;
    6'b011101 : a28 = 3;
    6'b011111 : a28 = -3;
    6'b100001 : a28 = 5;
    6'b100011 : a28 = -5;
    6'b100101 : a28 = 7;
    6'b100111 : a28 = -7;
    6'b101001 : a28 = 9;
    6'b101011 : a28 = -9;
    6'b101101 : a28 = 9;
    6'b101111 : a28 = -9;
    6'b110001 : a28 = 10;
    6'b110011 : a28 = -10;
    6'b110101 : a28 = 9;
    6'b110111 : a28 = -9;
    6'b111001 : a28 = 8;
    6'b111011 : a28 = -8;
    6'b111101 : a28 = 6;
    6'b111111 : a28 = -6;
    default : a28 = 0;
  endcase

  case ({STAGE[4:1], INPUT[59:58]})
    6'b000001 : a29 = 4;
    6'b000011 : a29 = -4;
    6'b000101 : a29 = 5;
    6'b000111 : a29 = -5;
    6'b001001 : a29 = 6;
    6'b001011 : a29 = -6;
    6'b001101 : a29 = 6;
    6'b001111 : a29 = -6;
    6'b010001 : a29 = 6;
    6'b010011 : a29 = -6;
    6'b010101 : a29 = 6;
    6'b010111 : a29 = -6;
    6'b011001 : a29 = 5;
    6'b011011 : a29 = -5;
    6'b011101 : a29 = 4;
    6'b011111 : a29 = -4;
    6'b100001 : a29 = 2;
    6'b100011 : a29 = -2;
    6'b101001 : a29 = -1;
    6'b101011 : a29 = 1;
    6'b101101 : a29 = -3;
    6'b101111 : a29 = 3;
    6'b110001 : a29 = -5;
    6'b110011 : a29 = 5;
    6'b110101 : a29 = -6;
    6'b110111 : a29 = 6;
    6'b111001 : a29 = -7;
    6'b111011 : a29 = 7;
    6'b111101 : a29 = -8;
    6'b111111 : a29 = 8;
    default : a29 = 0;
  endcase

  case ({STAGE[4:1], INPUT[61:60]})
    6'b000001 : a30 = 2;
    6'b000011 : a30 = -2;
    6'b000101 : a30 = 1;
    6'b000111 : a30 = -1;
    6'b001101 : a30 = -2;
    6'b001111 : a30 = 2;
    6'b010001 : a30 = -3;
    6'b010011 : a30 = 3;
    6'b010101 : a30 = -4;
    6'b010111 : a30 = 4;
    6'b011001 : a30 = -5;
    6'b011011 : a30 = 5;
    6'b011101 : a30 = -6;
    6'b011111 : a30 = 6;
    6'b100001 : a30 = -6;
    6'b100011 : a30 = 6;
    6'b100101 : a30 = -6;
    6'b100111 : a30 = 6;
    6'b101001 : a30 = -5;
    6'b101011 : a30 = 5;
    6'b101101 : a30 = -4;
    6'b101111 : a30 = 4;
    6'b110001 : a30 = -2;
    6'b110011 : a30 = 2;
    6'b110101 : a30 = -1;
    6'b110111 : a30 = 1;
    6'b111101 : a30 = 2;
    6'b111111 : a30 = -2;
    default : a30 = 0;
  endcase

  case ({STAGE[4:1], INPUT[63:62]})
    6'b000001 : a31 = -5;
    6'b000011 : a31 = 5;
    6'b000101 : a31 = -4;
    6'b000111 : a31 = 4;
    6'b001001 : a31 = -4;
    6'b001011 : a31 = 4;
    6'b001101 : a31 = -3;
    6'b001111 : a31 = 3;
    6'b010001 : a31 = -1;
    6'b010011 : a31 = 1;
    6'b011001 : a31 = 1;
    6'b011011 : a31 = -1;
    6'b011101 : a31 = 2;
    6'b011111 : a31 = -2;
    6'b100001 : a31 = 3;
    6'b100011 : a31 = -3;
    6'b100101 : a31 = 4;
    6'b100111 : a31 = -4;
    6'b101001 : a31 = 5;
    6'b101011 : a31 = -5;
    6'b101101 : a31 = 6;
    6'b101111 : a31 = -6;
    6'b110001 : a31 = 6;
    6'b110011 : a31 = -6;
    6'b110101 : a31 = 5;
    6'b110111 : a31 = -5;
    6'b111001 : a31 = 5;
    6'b111011 : a31 = -5;
    6'b111101 : a31 = 3;
    6'b111111 : a31 = -3;
    default : a31 = 0;
  endcase

  case ({STAGE[4:1], INPUT[65:64]})
    6'b000001 : a32 = 2;
    6'b000011 : a32 = -2;
    6'b000101 : a32 = 3;
    6'b000111 : a32 = -3;
    6'b001001 : a32 = 4;
    6'b001011 : a32 = -4;
    6'b001101 : a32 = 4;
    6'b001111 : a32 = -4;
    6'b010001 : a32 = 4;
    6'b010011 : a32 = -4;
    6'b010101 : a32 = 4;
    6'b010111 : a32 = -4;
    6'b011001 : a32 = 3;
    6'b011011 : a32 = -3;
    6'b011101 : a32 = 2;
    6'b011111 : a32 = -2;
    6'b100001 : a32 = 1;
    6'b100011 : a32 = -1;
    6'b101001 : a32 = -1;
    6'b101011 : a32 = 1;
    6'b101101 : a32 = -2;
    6'b101111 : a32 = 2;
    6'b110001 : a32 = -3;
    6'b110011 : a32 = 3;
    6'b110101 : a32 = -4;
    6'b110111 : a32 = 4;
    6'b111001 : a32 = -5;
    6'b111011 : a32 = 5;
    6'b111101 : a32 = -5;
    6'b111111 : a32 = 5;
    default : a32 = 0;
  endcase

end

assign sum =  a0  + a1  + a2  + a3  + a4  + a5  + a6  + a7  + 
              a8  + a9  + a10 + a11 + a12 + a13 + a14 + a15 +
              a16 + a17 + a18 + a19 + a20 + a21 + a22 + a23 +
              a24 + a25 + a26 + a27 + a28 + a29 + a30 + a31 + 
              a32;

always @(posedge CLK)
  begin
    if (STAGE[0] == 0 && ENABLE)
    begin
      result_i <= sum[13:1];
      //$monitor ("%t Display OUTPUT_I : %h", $time, result_i);
    end
    else if (STAGE[0] == 1 && ENABLE)
    begin
      result_q <= sum[13:1];
     // $monitor ("%t Display OUTPUT_Q : %h", $time, result_q);
    end
  end

endmodule